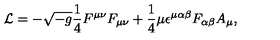
{ \cal L } = - \sqrt { - g } { \frac { 1 } { 4 } } F ^ { \mu \nu } F _ { \mu \nu } + { \frac { 1 } { 4 } } \mu \epsilon ^ { \mu \alpha \beta } F _ { \alpha \beta } A _ { \mu } ,